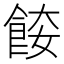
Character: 𩛌